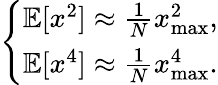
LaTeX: \left\{ \begin{array}{ll}{\mathbb{E}[x^{2}]\approx\frac{1}{N}x_{\mathrm{max}}^{2},}\\ {\mathbb{E}[x^{4}]\approx\frac{1}{N}x_{\mathrm{max}}^{4}.}\end{array}\right.